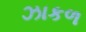
ઝાકળ